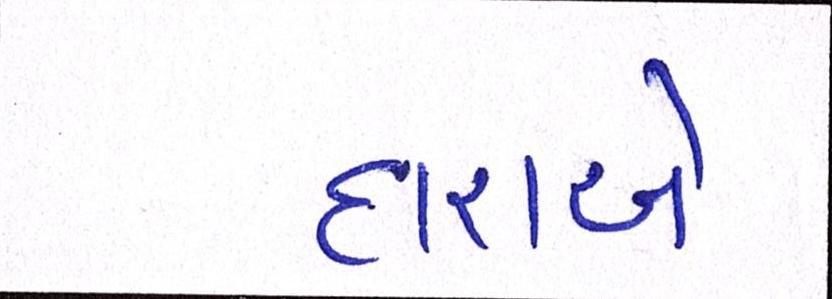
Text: દારાએ